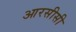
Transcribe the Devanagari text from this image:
आरसीसी